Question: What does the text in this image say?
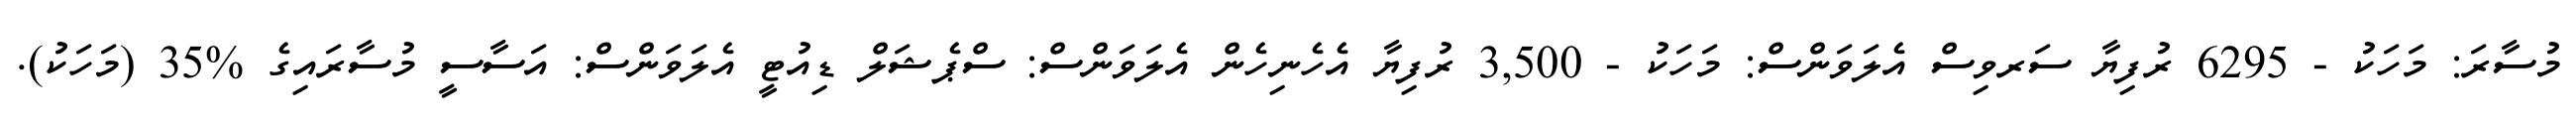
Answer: މުސާރަ: މަހަކު - 6295 ރުފިޔާ ސަރވިސް އެލަވަންސް: މަހަކު - 3,500 ރުފިޔާ އެހެނިހެން އެލަވަންސް: ސްޕެޝަލް ޑިއުޓީ އެލަވަންސް: އަސާސީ މުސާރައިގެ %35 (މަހަކު).